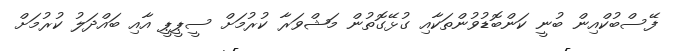
ފޭސްބުކްއިން ބުނީ ކަންބޮޑުވުންތަކާއި ގުޅޭގޮތުން މަޝްވަރާ ކުރުމަށް ސީޕީޕީ އާއި ބައްދަލު ކުރުމަށް